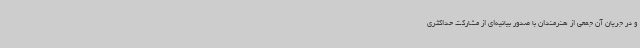
و در جریان آن جمعی از هنرمندان با صدور بیانیه‌ای از مشارکت حداکثری